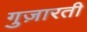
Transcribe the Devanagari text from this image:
गुज़ारती